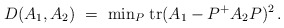
\begin{align*}D(A_1,A_2) ~=~ {\rm min}_P\; {\rm tr}(A_1 - P^+A_2 P)^2 \, .\end{align*}